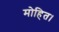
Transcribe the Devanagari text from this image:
मोहित।